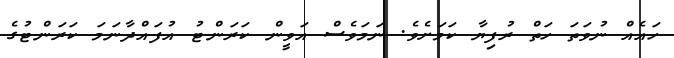
ހައެއް ނުވަތަ ހަތް ރުފިޔާ ކަމަށެވެ. ނަމަވެސް އަވީން ކަރަންޓު އުފައްދާނަމަ ކަރަންޓުގެ